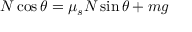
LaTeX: N \cos \theta = \mu _ { s } N \sin \theta + m g